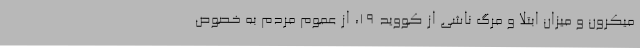
میکرون و میزان ابتلا و مرگ ناشی از کووید 19، از عموم مردم به خصوص